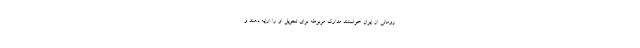
رومانی از ایران خواستند مدارک مربوطه برای تحویل او را ارایه دهند و